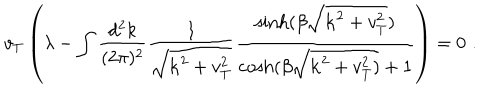
LaTeX: { v _ { T } } \left( \lambda - \int \frac { d ^ { 2 } k } { ( 2 \pi ) ^ { 2 } } \frac { 1 } { \sqrt { { \bf k } ^ { 2 } + v _ { T } ^ { 2 } } } \frac { \sinh ( \beta \sqrt { { \bf k } ^ { 2 } + v _ { T } ^ { 2 } } ) } { \cosh ( \beta \sqrt { { \bf k } ^ { 2 } + v _ { T } ^ { 2 } ) } + 1 } \right) = 0 \, \, .